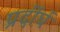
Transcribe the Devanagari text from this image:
प्रर्दीर्घ